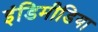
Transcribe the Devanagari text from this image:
इंडिमीडिया